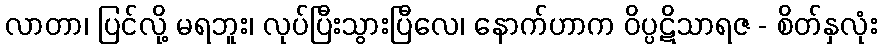
လာတာ၊ ပြင်လို့ မရဘူး၊ လုပ်ပြီးသွားပြီလေ၊ နောက်ဟာက ဝိပ္ပဋိသာရဇ - စိတ်နှလုံး